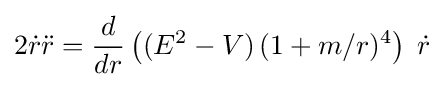
2{\dot {r}}{\ddot {r}}={\frac {d}{dr}}\left((E^{2}-V)\,(1+m/r)^{4}\right)\;{\dot {r}}